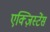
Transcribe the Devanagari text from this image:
एक्ज़िस्टेंस